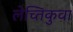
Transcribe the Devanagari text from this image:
लेच्तिकुवा